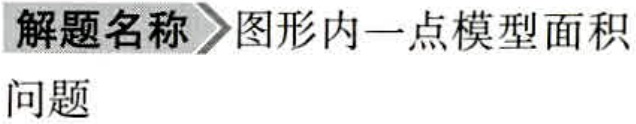
解题名称 \(\rhd\) 图形内一点模型面积
问题